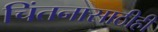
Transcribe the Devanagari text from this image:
चिंतनासाठीही